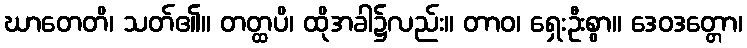
ဃာတေတိ၊ သတ်၏။ တတ္ထပိ၊ ထိုအခါ၌လည်း။ တာဝ၊ ရှေးဦးစွာ။ ဒေဝဒတ္တော၊